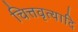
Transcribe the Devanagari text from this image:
चित्तवृत्यादि